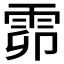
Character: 𩂞